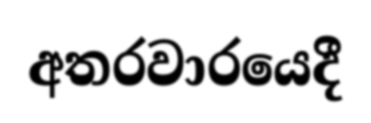
අතරවාරයෙදී